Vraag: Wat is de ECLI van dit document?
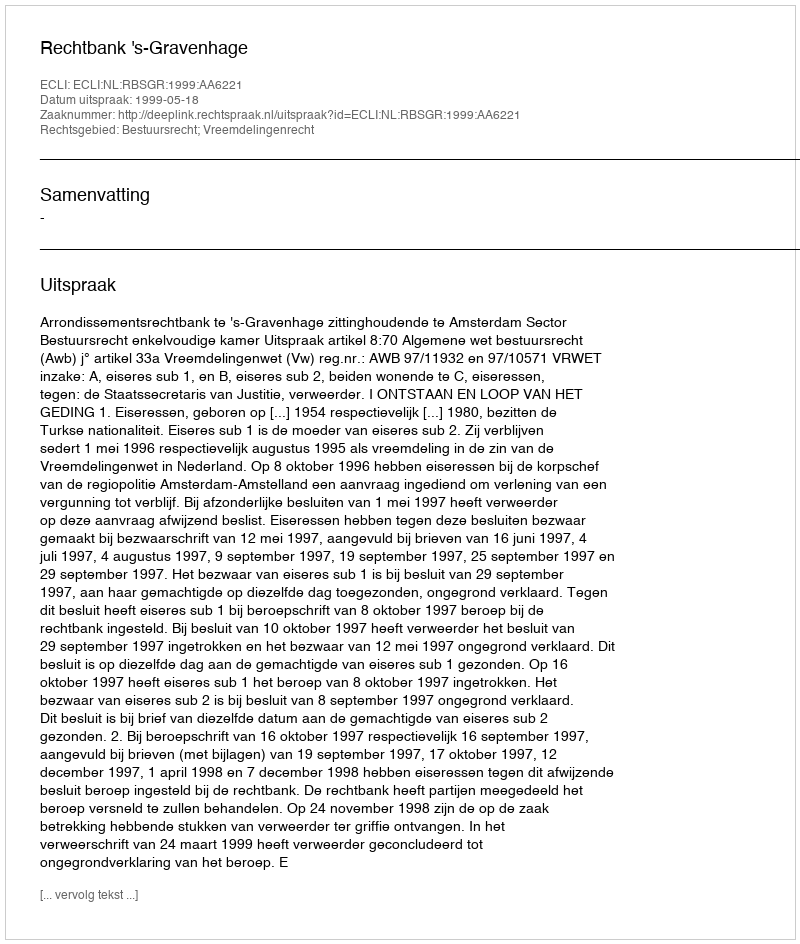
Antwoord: ECLI:NL:RBSGR:1999:AA6221